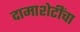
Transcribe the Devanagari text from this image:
दामाशेटींचा